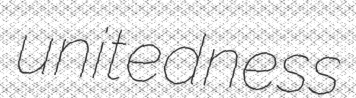
unitedness